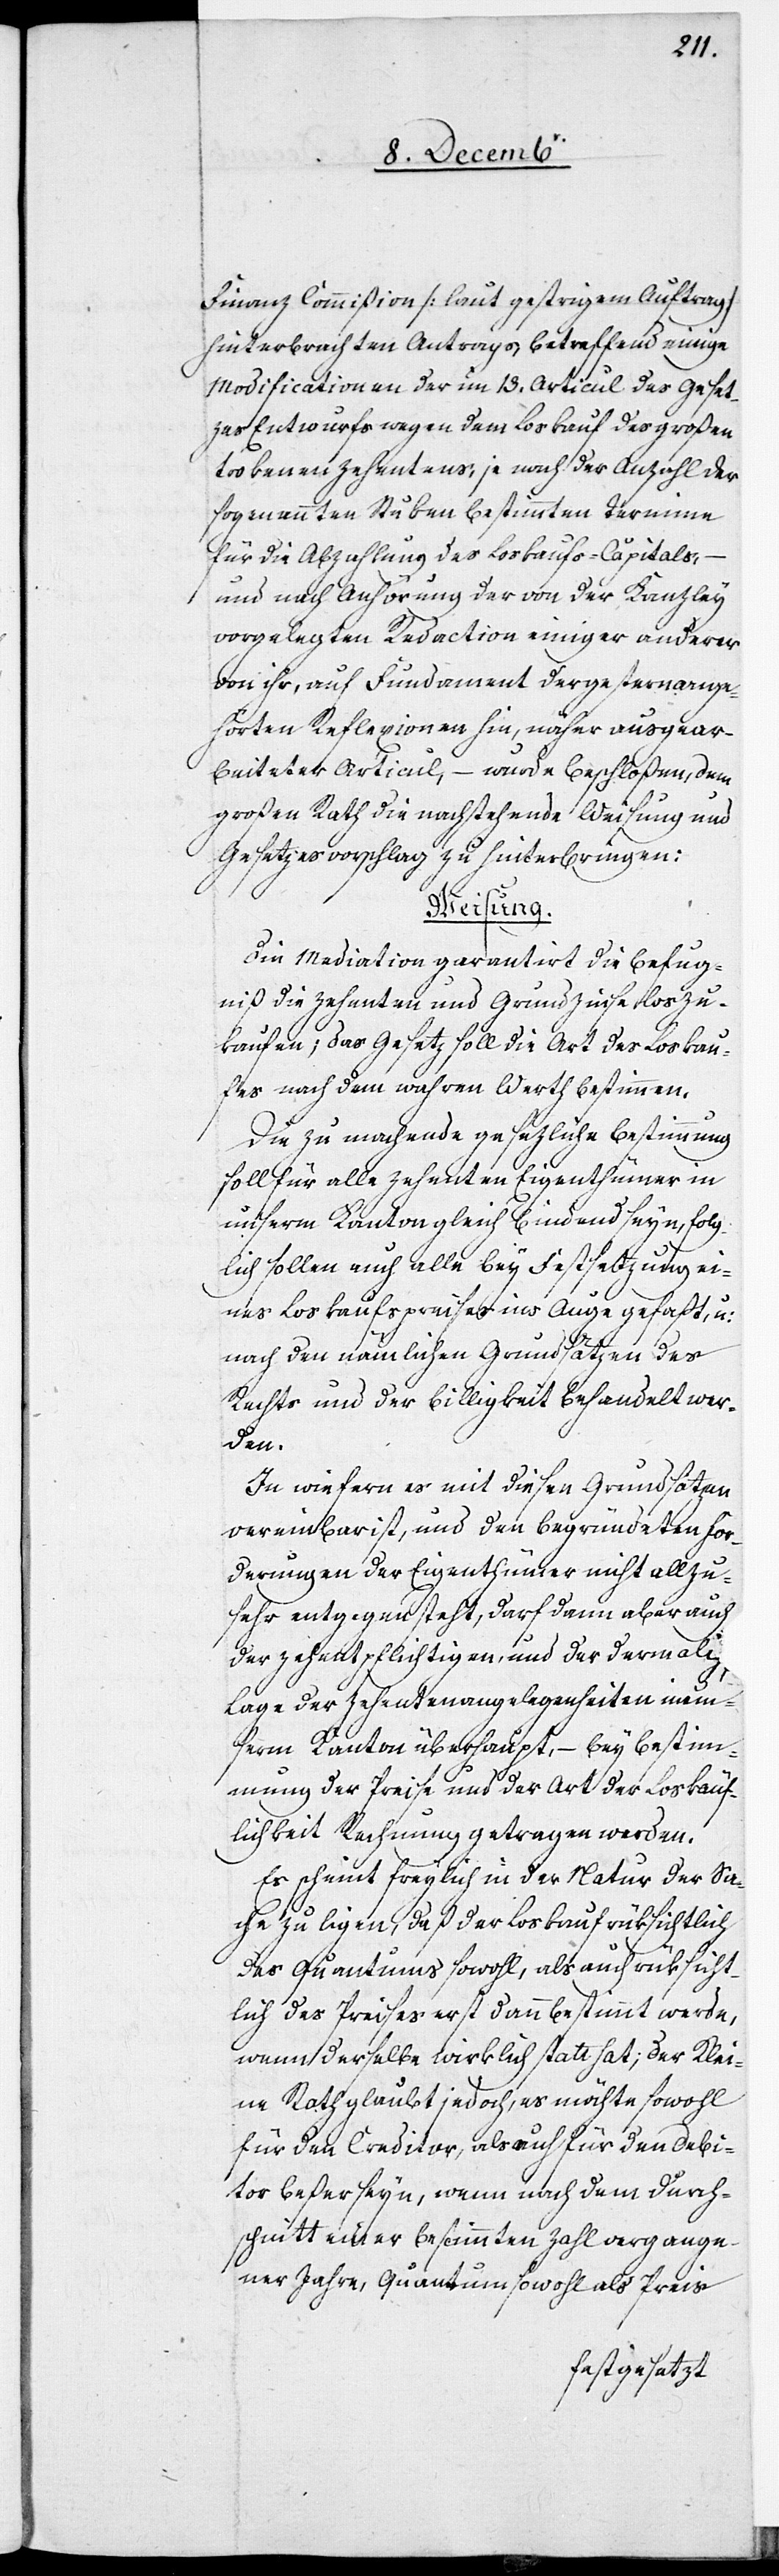
Finanz[-]Commißion [laut gestrigem Auftrag]
hinterbrachten Antrags, betreffend einige
Modificationen der im 13. Articul des Geset¬
zes[-]Entwurfs wegen dem Loskauf des großen
trokenen Zehentens, je nach der Anzahl der
sogenannten Stuken bestimmten Termine
für die Abzahlung des Loskaufs-Capitals, –
und nach Anhörung der von der Kanzley
vorgelegten Redaction einiger anderer
von ihr, auf Fundament der gestern angeh¬
örten Reflexionen hin, näher ausgear¬
beiteter Articul, – wurde beschloßen, dem
Großen Rath die nachstehende Weisung und
Gesetzesvorschlag zu hinterbringen:
Weisung.
Die Mediation garantirt die Befug¬
niß die Zehenten und Grundzinse loszu¬
kaufen; das Gesetz soll die Art des Loskau¬
fes nach dem wahren Werth bestimmen.
Die zu machende gesezliche Bestimmung
soll für alle Zehenten[-]Eigenthümer in
unserm Kanton gleich bindend seyn, folg¬
lich sollen auch alle bey Festsetzung ei¬
nes Loskaufspreises ins Auge gefaßt, u:
nach den nämlichen Grundsätzen des
Rechts und der Billigkeit behandelt wer¬
den.
In wiefern es mit diesen Grundsätzen
vereinbar ist, und den begründeten For¬
derungen der Eigenthümer nicht allzu¬
sehr entgegen steht, darf dann aber auch
der Zehentpflichtigen, und der dermali[?gen]
Lage der Zehentenangelegenheiten in un¬
serm Kanton überhaupt, – bey Bestim¬
mung der Preise und der Art der Loskäuf¬
lichkeit Rechnung getragen werden.
Es scheint freylich in der Natur der Sa¬
che zu ligen, daß der Loskauf rüksichtlich
des Quantums sowohl, als auch rüksicht¬
lich des Preises erst dann bestimmt werde,
wenn derselbe wirklich statt hat; der Klei¬
ne Rath glaubt jedoch, es möchte sowohl
für den Creditor als auch für den Debi¬
tor beßer seyn, wenn nach dem Durch¬
schnitt einer bestimmten Zahl vergange¬
ner Jahre, Quantum sowohl als Preis